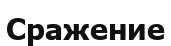
Сражение